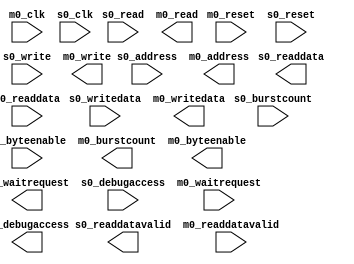
module mcu_subsystem_mm_clock_crossing_bridge_1 #(
		parameter DATA_WIDTH          = 32,
		parameter SYMBOL_WIDTH        = 8,
		parameter HDL_ADDR_WIDTH      = 12,
		parameter BURSTCOUNT_WIDTH    = 3,
		parameter COMMAND_FIFO_DEPTH  = 8,
		parameter RESPONSE_FIFO_DEPTH = 8,
		parameter MASTER_SYNC_DEPTH   = 2,
		parameter SLAVE_SYNC_DEPTH    = 2
	) (
		input  wire                        m0_clk,           //   m0_clk.clk
		input  wire                        m0_reset,         // m0_reset.reset
		input  wire                        s0_clk,           //   s0_clk.clk
		input  wire                        s0_reset,         // s0_reset.reset
		output wire                        s0_waitrequest,   //       s0.waitrequest
		output wire [DATA_WIDTH-1:0]       s0_readdata,      //         .readdata
		output wire                        s0_readdatavalid, //         .readdatavalid
		input  wire [BURSTCOUNT_WIDTH-1:0] s0_burstcount,    //         .burstcount
		input  wire [DATA_WIDTH-1:0]       s0_writedata,     //         .writedata
		input  wire [HDL_ADDR_WIDTH-1:0]   s0_address,       //         .address
		input  wire                        s0_write,         //         .write
		input  wire                        s0_read,          //         .read
		input  wire [3:0]                  s0_byteenable,    //         .byteenable
		input  wire                        s0_debugaccess,   //         .debugaccess
		input  wire                        m0_waitrequest,   //       m0.waitrequest
		input  wire [DATA_WIDTH-1:0]       m0_readdata,      //         .readdata
		input  wire                        m0_readdatavalid, //         .readdatavalid
		output wire [BURSTCOUNT_WIDTH-1:0] m0_burstcount,    //         .burstcount
		output wire [DATA_WIDTH-1:0]       m0_writedata,     //         .writedata
		output wire [HDL_ADDR_WIDTH-1:0]   m0_address,       //         .address
		output wire                        m0_write,         //         .write
		output wire                        m0_read,          //         .read
		output wire [3:0]                  m0_byteenable,    //         .byteenable
		output wire                        m0_debugaccess    //         .debugaccess
	);
endmodule